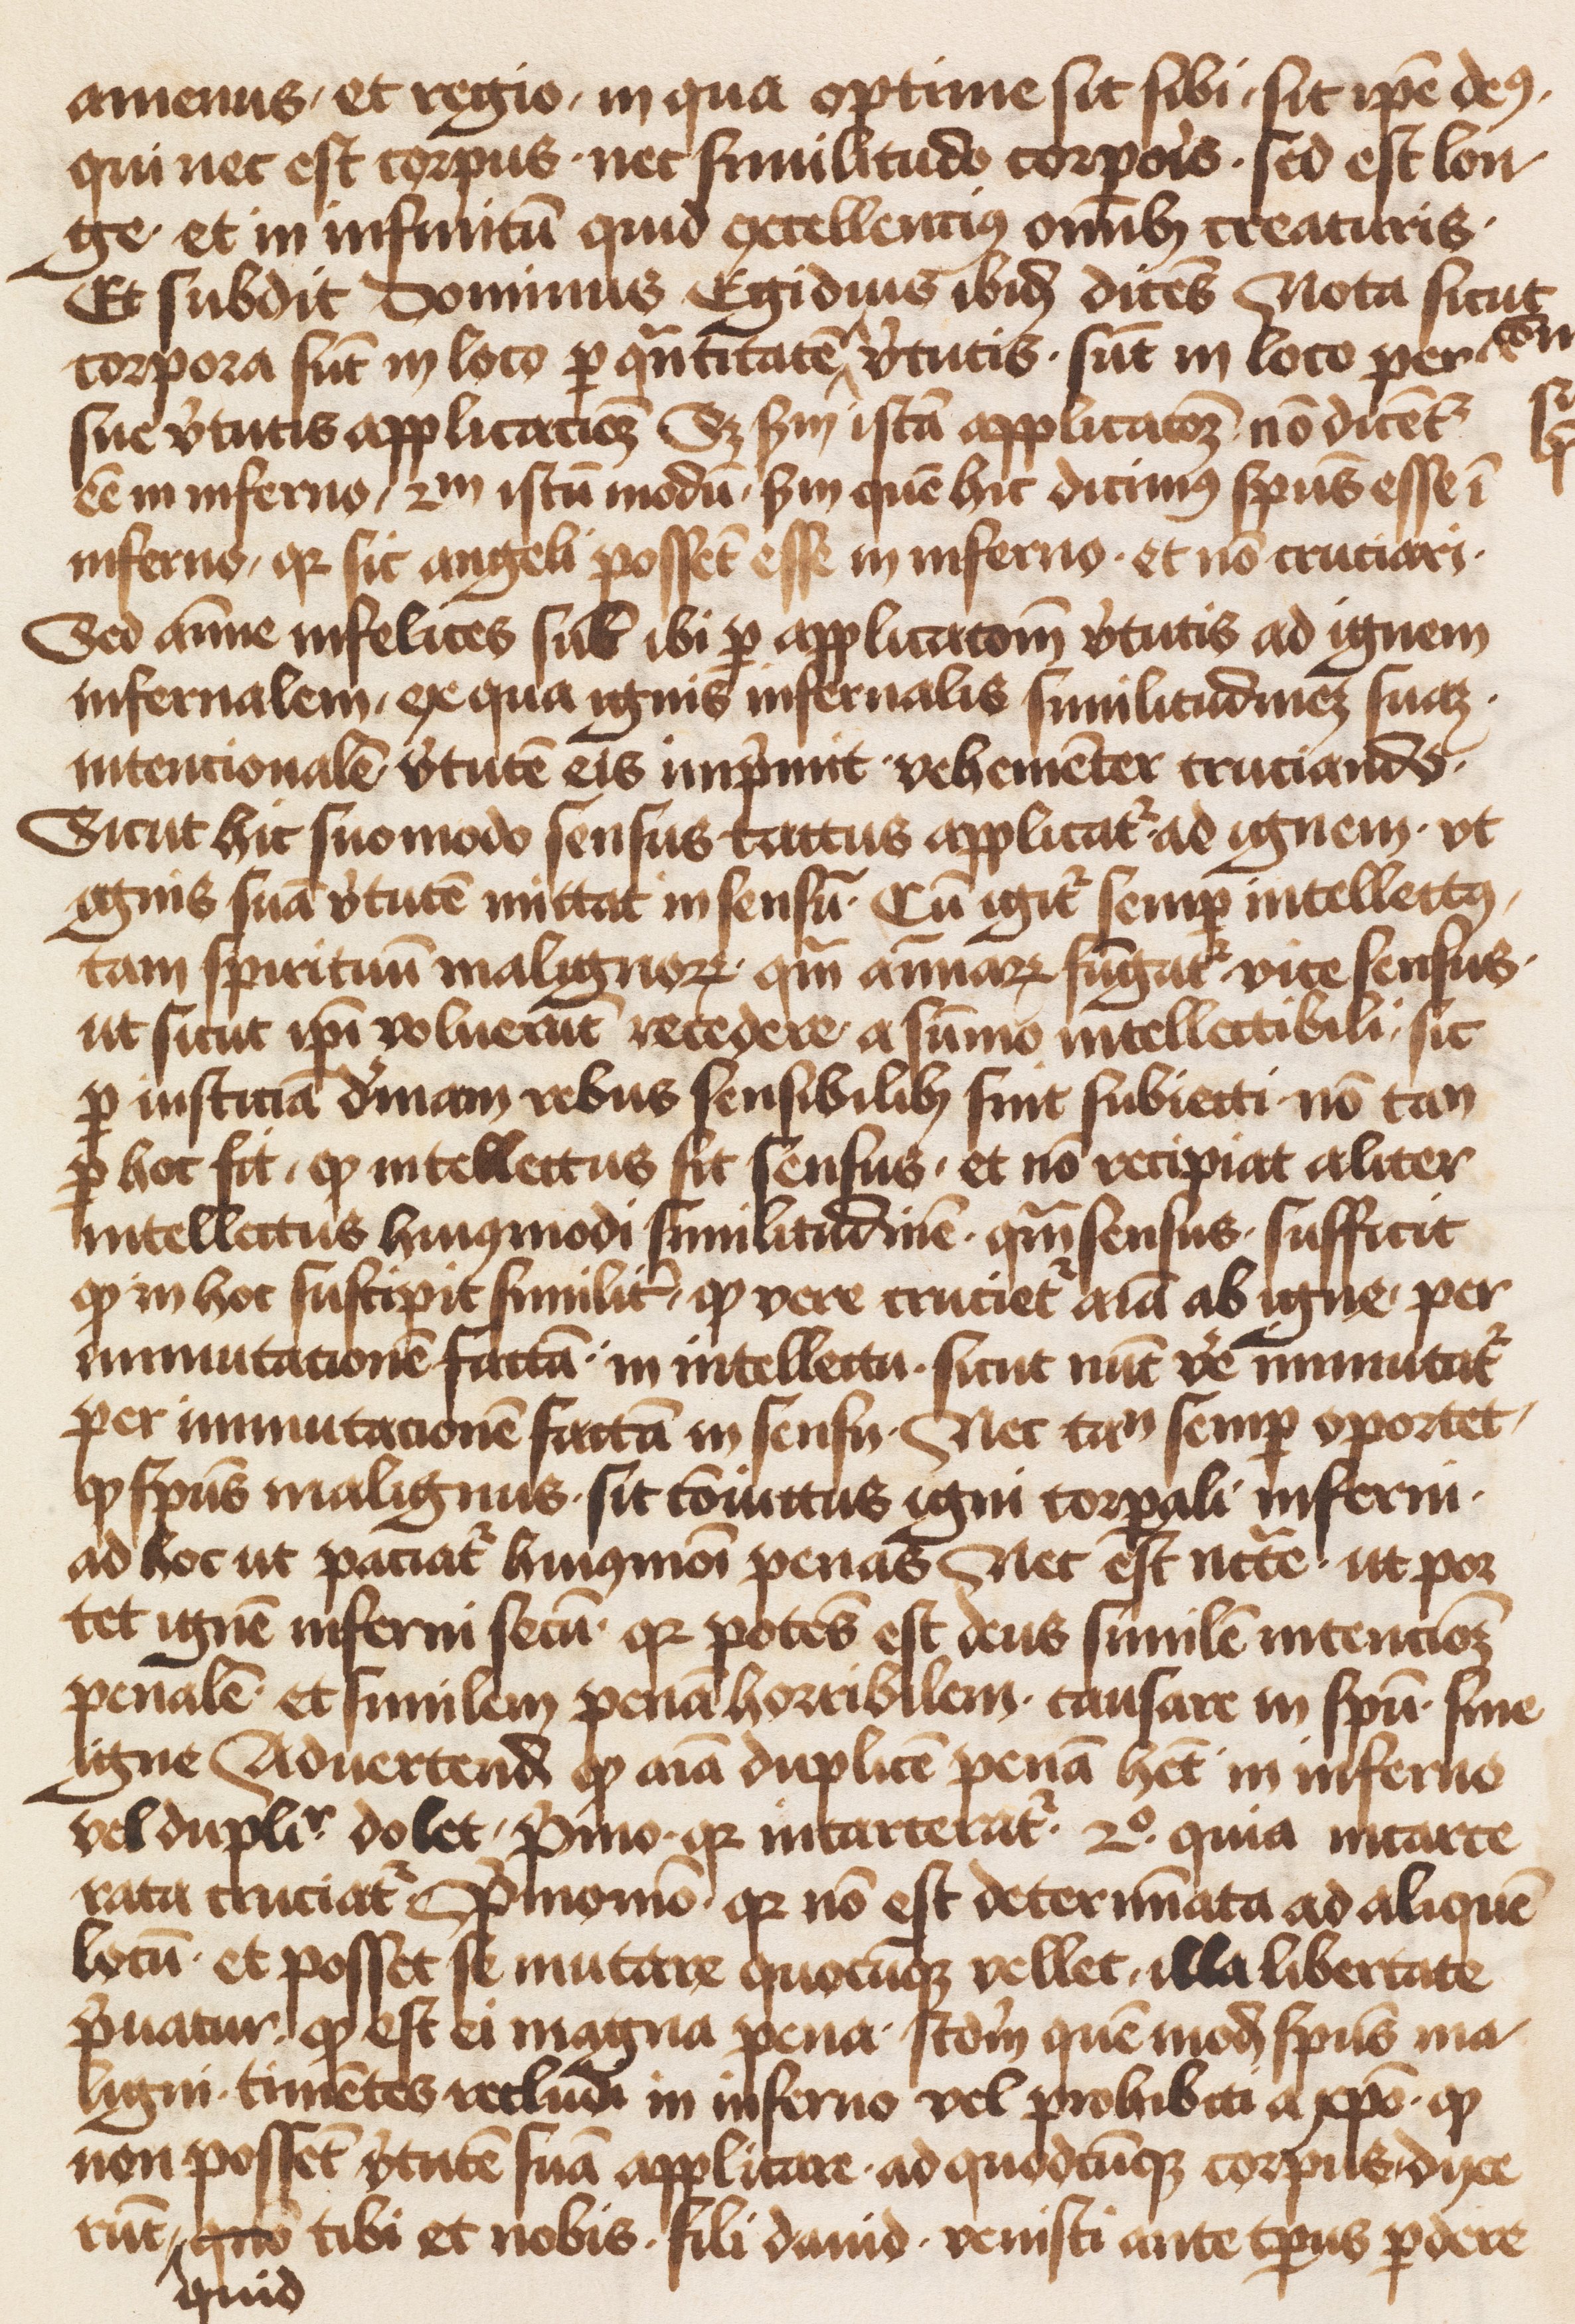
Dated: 1471–1501